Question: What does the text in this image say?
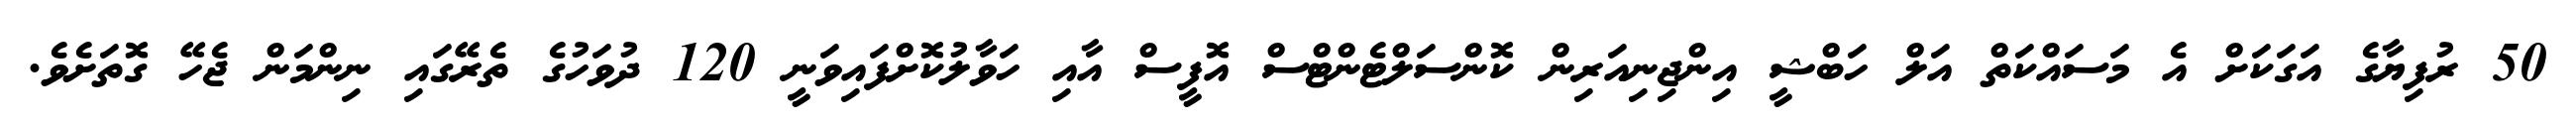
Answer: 50 ރުފިޔާގެ އަގަކަށް އެ މަސައްކަތް އަލް ހަބްޝީ އިންޖިނިއަރިން ކޮންސަލްޓެންޓްސް އޮފީސް އާއި ހަވާލުކޮށްފައިވަނީ 120 ދުވަހުގެ ތެރޭގައި ނިންމަން ޖެހޭ ގޮތަށެވެ.